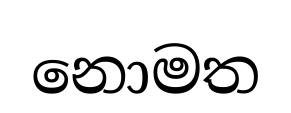
නොමත